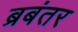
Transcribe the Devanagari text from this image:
ब्रबंतर